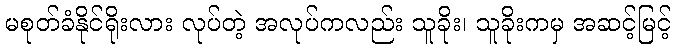
မစုတ်ခံနိုင်ရိုးလား လုပ်တဲ့ အလုပ်ကလည်း သူခိုး၊ သူခိုးကမှ အဆင့်မြင့်